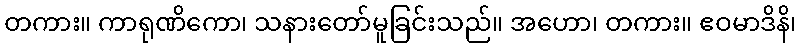
တကား။ ကာရုဏိကော၊ သနားတော်မူခြင်းသည်။ အဟော၊ တကား။ ဧဝမာဒိနိ၊